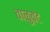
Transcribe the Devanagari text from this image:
वाळुवंट